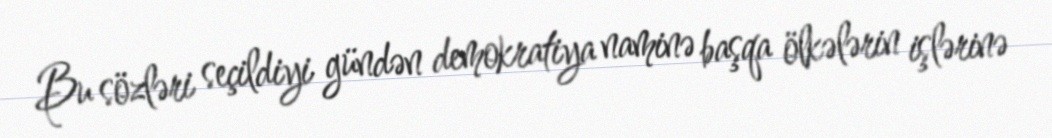
Bu sözləri seçildiyi gündən demokratiya naminə başqa ölkələrin işlərinə